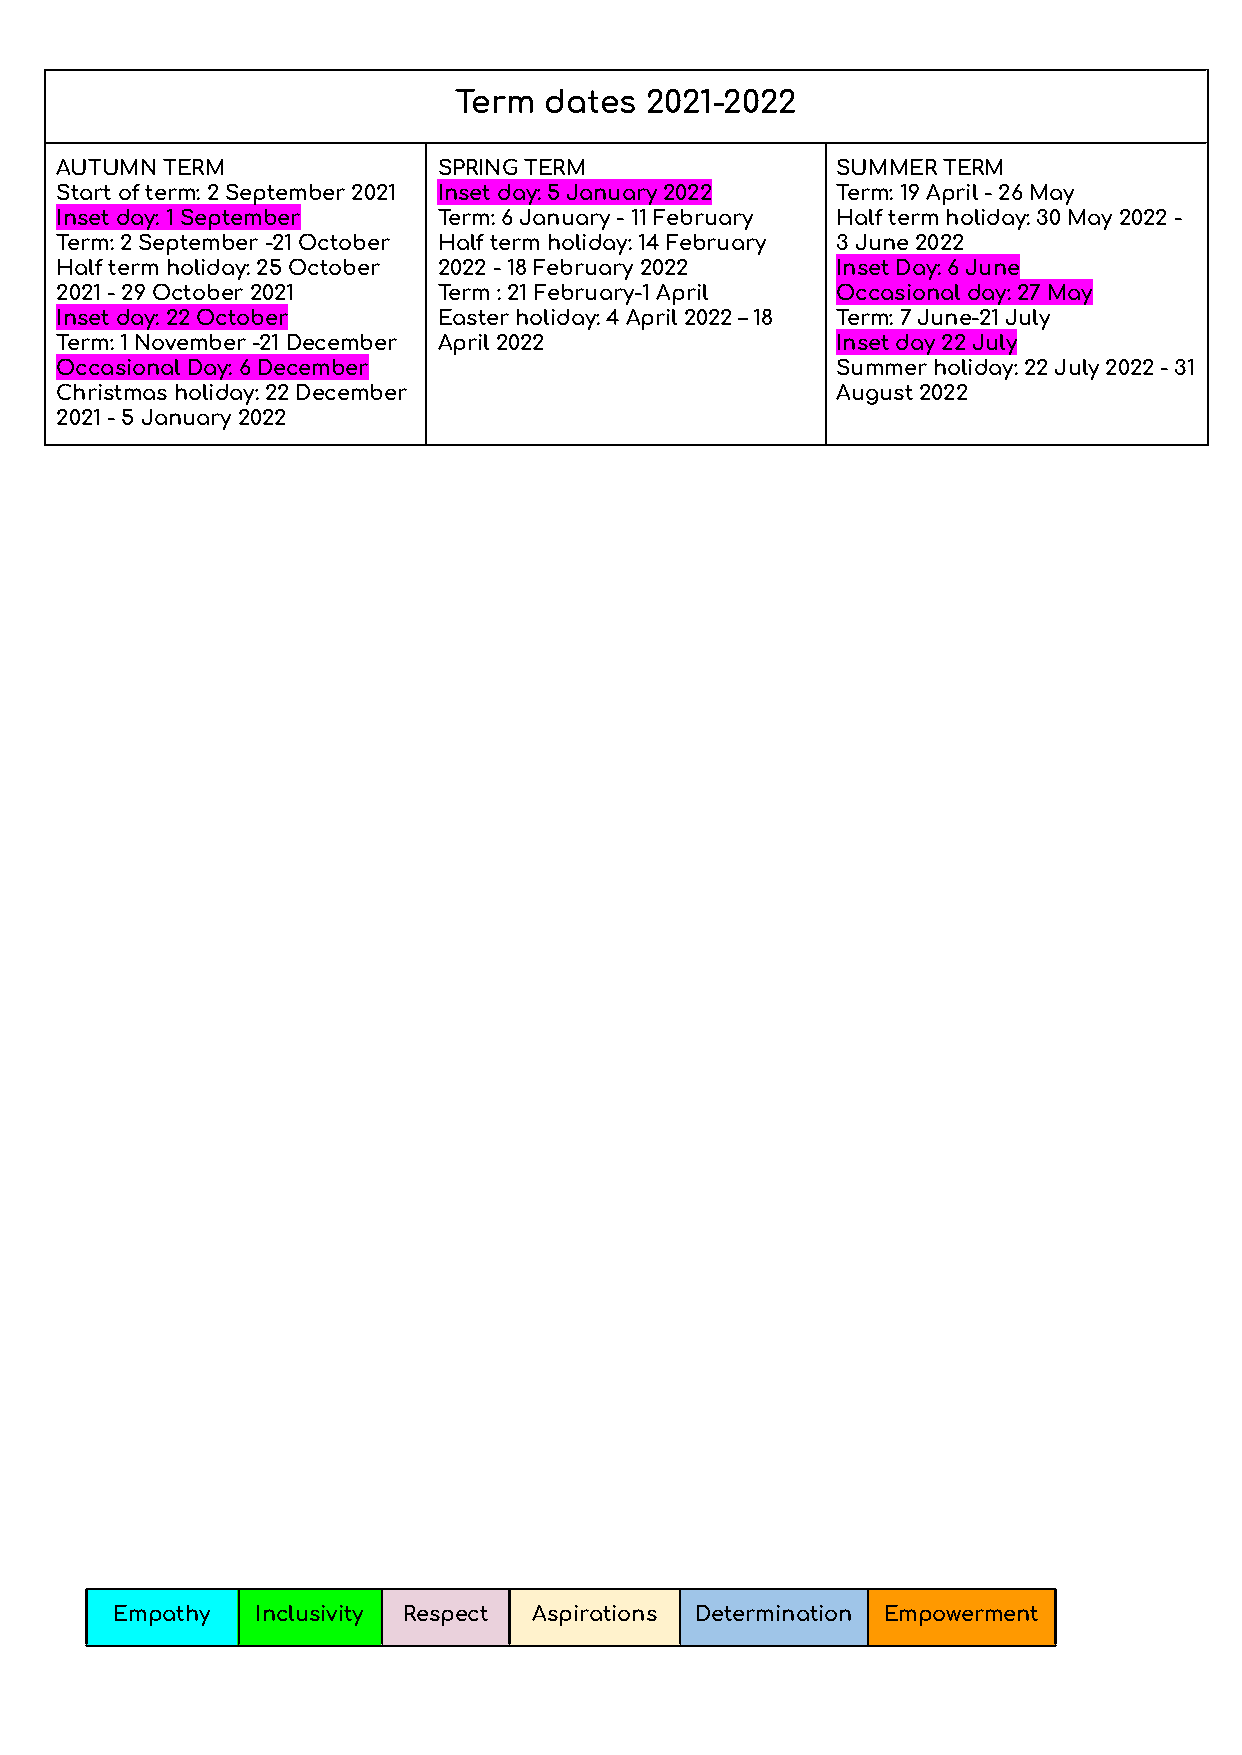
Term  dates  2021-2022
 AUTUMN TERM              SPRING TERM               SUMMER TERM
 Start of term: 2 September 2021 Inset day: 5 January 2022 Term: 19 April - 26 May
 Inset day: 1 September   Term: 6 January - 11 February Half term holiday: 30 May 2022 -
 Term: 2 September -21 October Half term holiday: 14 February 3 June 2022
 Half term holiday: 25 October 2022 - 18 February 2022 Inset Day: 6 June
 2021 - 29 October 2021   Term : 21 February-1 April Occasional day: 27 May
 Inset day: 22 October    Easter holiday: 4 April 2022 – 18 Term: 7 June-21 July
 Term: 1 November -21 December April 2022           Inset day 22 July
 Occasional Day: 6 December                         Summer holiday: 22 July 2022 - 31
 Christmas holiday: 22 December                     August 2022
 2021 - 5 January 2022
 Empathy  Inclusivity Respect Aspirations Determination Empowerment